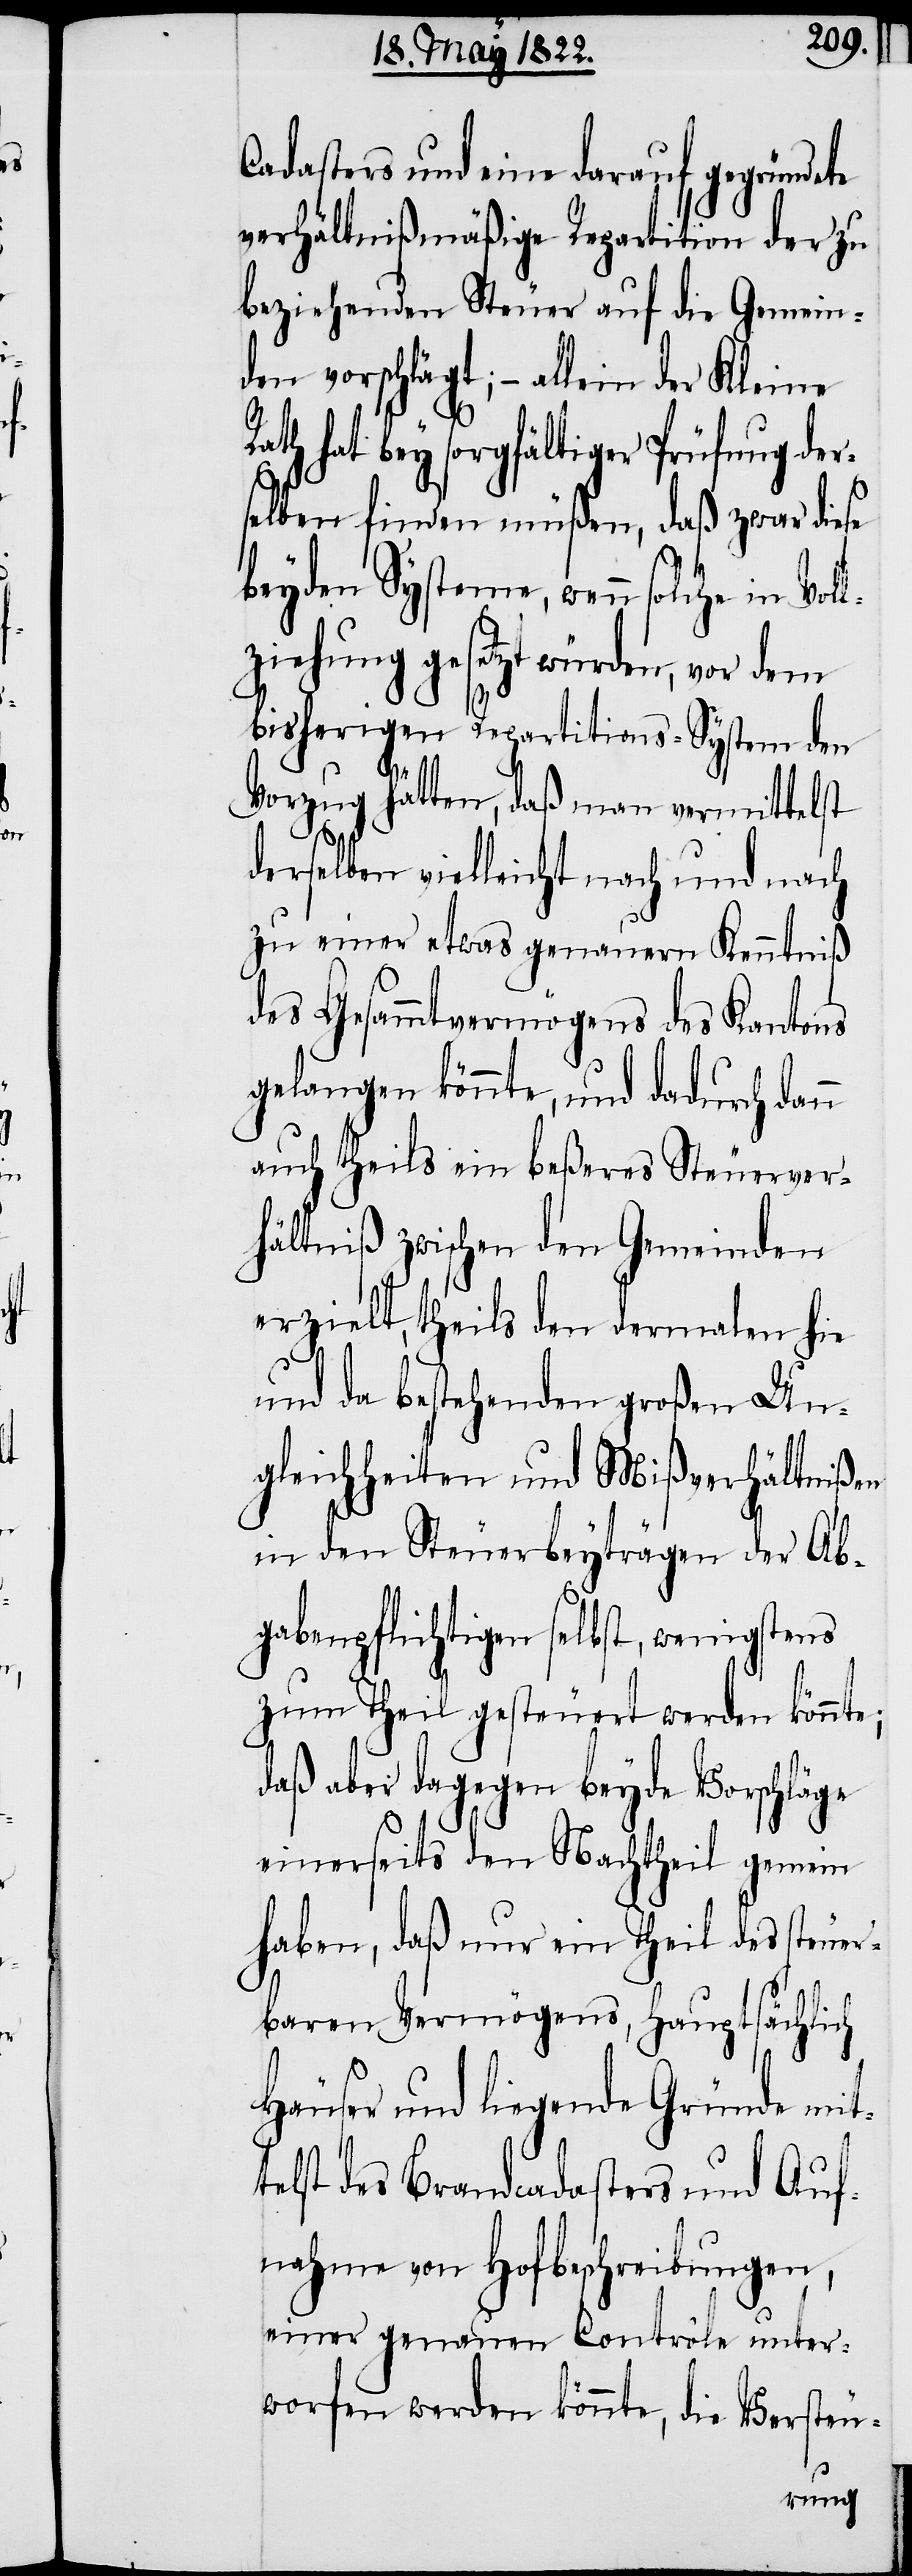
Cadasters und eine darauf gegründete
verhältnißmäßige Repartition der zu
beziehenden Steuer auf die Gemein¬
den vorschlägt, – allein
ath hat bey sorgfältiger Prüfung der¬
selben finden müßen, daß zwar diese
beyden Systeme, wenn solche in Vol¬
lziehung gesetzt würden, vor dem
bisherigen Repartitions-System den
R¬
Vorzug hätten, daß man vermittelst
derselben vielleicht nach und nach
zu einer etwas genauern Kenntniß
des Gesammtvermögens des Kantons
gelangen könnte, und dadurch dann
auch theils ein beßeres Steuerver¬
hältniß zwischen den Gemeinden
erzielt, theils den dermalen hie
und da bestehenden großen Un¬
gleichheiten und Mißverhältnißen
in den Steuerbeyträgen der Ab¬
gabenpflichtigen selbst, wenigstens
zum Theil gesteuert werden könnte;
daß aber dagegen beyde Vorschläge
einerseits den Nachttheil gemein
haben, daß nur ein Theil des steuer¬
baren Vermögens, hauptsächlich
Häuser und liegende Gründe mit¬
telst des Brandcadasters und Auf¬
nahme von Hofbeschreibungen,
einer genauen Contrôle unter¬
worfen werden könnte, die Versteu-